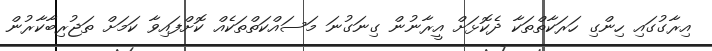
އިރާގުގައި ހިންގި ހަރަކާތްތަކާ ދެކޮޅަށް އީރާނުން ގިނަގުނަ މަސައްކަތްތަކެއް ކޮށްފައިވާ ކަމަށް ތަޖުރިބާކާރުން